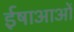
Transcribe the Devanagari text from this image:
ईषाआओं